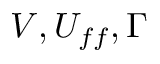
V , U _ { f f } , \Gamma